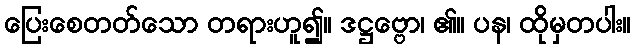
ပြေးစေတတ်သော တရားဟူ၍။ ဒဋ္ဌဗ္ဗော၊ ၏။ ပန၊ ထိုမှတပါး။